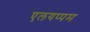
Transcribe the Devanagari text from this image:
एलयप्पम